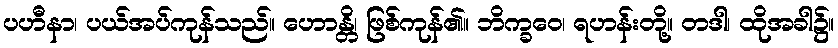
ပဟီနာ၊ ပယ်အပ်ကုန်သည်။ ဟောန္တိ၊ ဖြစ်ကုန်၏။ ဘိက္ခဝေ၊ ရဟန်းတို့။ တဒါ၊ ထိုအခါ၌။